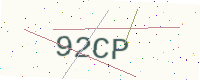
Text: 92CP